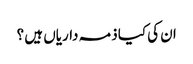
ان کی کیا ذمہ داریاں ہیں ؟